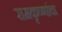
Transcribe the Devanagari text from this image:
रामकृष्णांचा